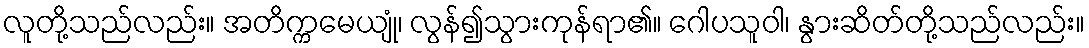
လူတို့သည်လည်း။ အတိက္ကမေယျုံ၊ လွန်၍သွားကုန်ရာ၏။ ဂေါပသူဝါ၊ နွားဆိတ်တို့သည်လည်း။